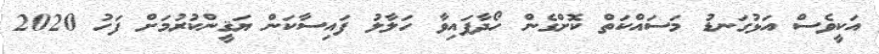
އަކީވެސް އަޅުގަނޑު މަސައްކަތް ކޮށްގެން ހޯދާފައިވާ ހަލާލު ފައިސާކަން ޔަޤީންކުރުމަށް ފަހު 2020